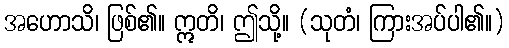
အဟောသိ၊ ဖြစ်၏။ ဣတိ၊ ဤသို့။ (သုတံ၊ ကြားအပ်ပါ၏။)